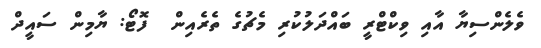
ވެލެންސިޔާ އާއި ވިކްޓްރީ ބައްދަލުކުރި މެޗުގެ ތެރެއިން  ފޮޓޯ: ޔާމިން ސައީދް